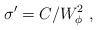
\begin{align*} \sigma^\prime=C/W_\phi^2~,\end{align*}